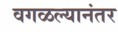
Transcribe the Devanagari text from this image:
वगळल्यानंतर